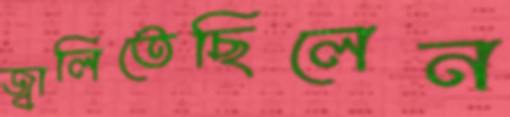
জ্বালিতেছিলেন